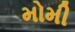
મોમી